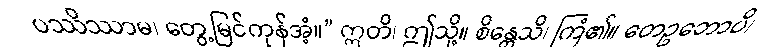
ပဿိဿာမ၊ တွေ့မြင်ကုန်အံ့။” ဣတိ၊ ဤသို့။ စိန္တေသိ၊ ကြံ၏။ တေဥဘောပိ၊